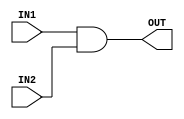
//Module Name: TwoInputAndGate

module TwoInputAndGate(
    input IN1, IN2,
    output OUT
);

assign OUT= IN1&IN2;

endmodule